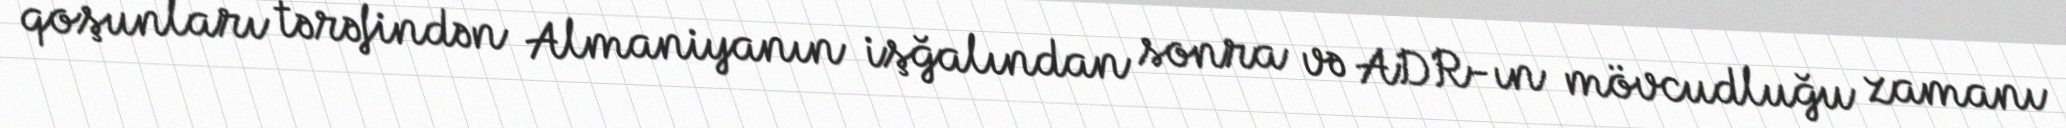
qoşunları tərəfindən Almaniyanın işğalından sonra və ADR-ın mövcudluğu zamanı